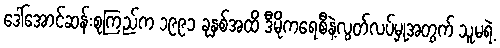
ဒေါ်အောင်ဆန်းစုကြည်က ၁၉၉၁ ခုနှစ်အထိ ဒီမိုကရေစီနဲ့လွတ်လပ်မှုအတွက် သူမရဲ့